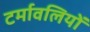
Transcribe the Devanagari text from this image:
टर्मावलियों